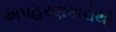
અપહરણકારોથી